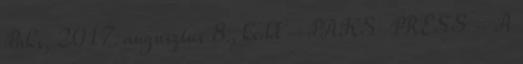
Paks, 2017. augusztus 8., kedd – PAKS-PRESS - A